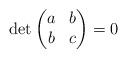
LaTeX: \begin{align*}\det \begin{pmatrix} a & b \\ b & c \end{pmatrix} = 0\end{align*}